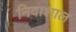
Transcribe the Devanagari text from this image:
निदाशाल